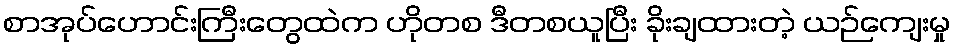
စာအုပ်ဟောင်းကြီးတွေထဲက ဟိုတစ ဒီတစယူပြီး ခိုးချထားတဲ့ ယဉ်ကျေးမှု